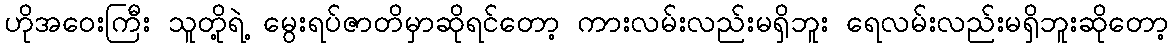
ဟိုအဝေးကြီး သူတို့ရဲ့ မွေးရပ်ဇာတိမှာဆိုရင်တော့ ကားလမ်းလည်းမရှိဘူး ရေလမ်းလည်းမရှိဘူးဆိုတော့